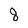
Character: 8